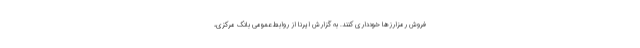
فروش رمزارزها خودداری کنند. به گزارش ایرنا از روابط عمومی بانک مرکزی،